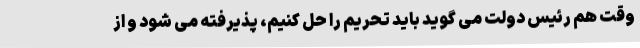
وقت هم رئیس دولت می گوید باید تحریم را حل کنیم، پذیرفته می شود و از